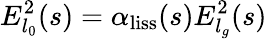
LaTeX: E_{l_{0}}^{2}(s)=\alpha_{\mathrm{{liss}}}(s)E_{l_{g}}^{2}(s)